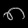
Digit: ၈